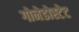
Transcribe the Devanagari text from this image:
गोनेडोस्टेट